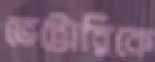
ভেট্টোরিকে